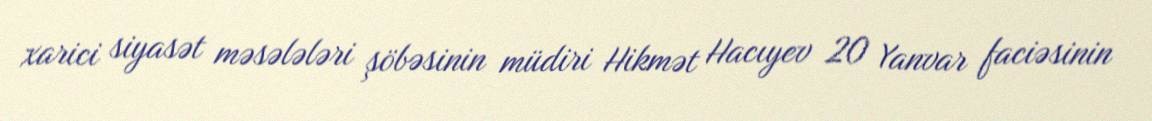
xarici siyasət məsələləri şöbəsinin müdiri Hikmət Hacıyev 20 Yanvar faciəsinin